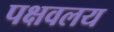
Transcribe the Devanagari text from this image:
पक्षवलय